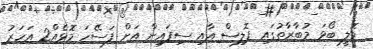
ވޮލީ ބޯޅަ މުބާރާތުގައި ޕޮލިސް އާއި ސިފައިން އަށް ފަސޭހަ މޮޅެއް2 އަހަރު